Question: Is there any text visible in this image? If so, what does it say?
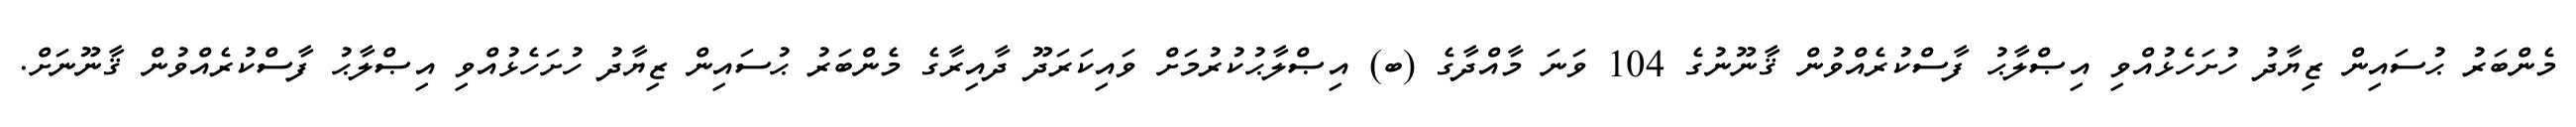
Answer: މެންބަރު ޙުސައިން ޒިޔާދު ހުށަހެޅުއްވި އިޞްލާޙު ފާސްކުރެއްވުން ޤާނޫނުގެ 104 ވަނަ މާއްދާގެ (ބ) އިޞްލާޙުކުރުމަށް ވައިކަރަދޫ ދާއިރާގެ މެންބަރު ޙުސައިން ޒިޔާދު ހުށަހެޅުއްވި އިޞްލާޙު ފާސްކުރެއްވުން ޤާނޫނަށް.